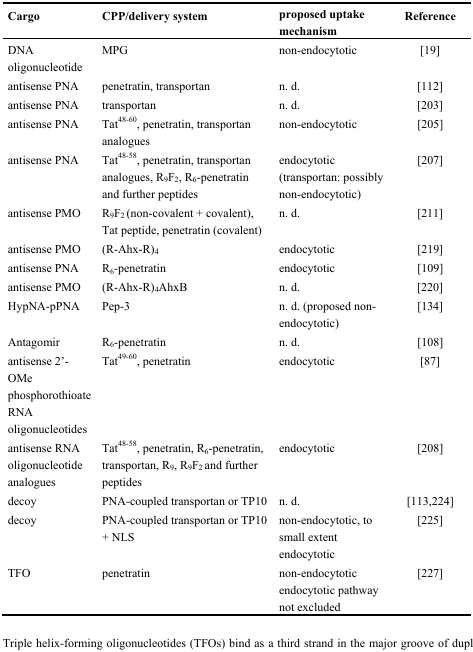
| Cargo | CPP/delivery system | proposed uptake mechanism | Reference |
 | --- | --- | --- | --- |
 | DNA oligonucleotide | MPG | non-endocytotic | [19] |
 | antisense PNA | penetratin, transportan | n. d. | [112] |
 | antisense PNA | transportan | n. d. | [203] |
 | antisense PNA | Tat48–60, penetratin, transportan analogues | non-endocytotic | [205] |
 | antisense PNA | Tat48–58, penetratin, transportan analogues, R9F2, R6-penetratin and further peptides | endocytotic (transportan: possibly non-endocytotic) | [207] |
 | antisense PMO | R9F2 (non-covalent + covalent), Tat peptide, penetratin (covalent) | n. d. | [211] |
 | antisense PMO | (R-Ahx-R)4 | endocytotic | [219] |
 | antisense PNA | R6-penetratin | endocytotic | [109] |
 | antisense PMO | (R-Ahx-R)4AhxB | n. d. | [220] |
 | HypNA-pPNA | Pep-3 | n. d. (proposed non-endocytotic) | [134] |
 | Antagomir | R6-penetratin | n. d. | [108] |
 | antisense 2'-OMe phosphorothioate RNA oligonucleotides | Tat49–60, penetratin | endocytotic | [87] |
 | antisense RNA oligonucleotide analogues | Tat48–58, penetratin, R6-penetratin, transportan, R9, R9F2 and further peptides | endocytotic | [208] |
 | decoy | PNA-coupled transportan or TP10 | n. d. | [113,224] |
 | decoy | PNA-coupled transportan or TP10 + NLS | non-endocytotic, to small extent endocytotic | [225] |
 | TFO | penetratin | non-endocytotic endocytotic pathway not excluded | [227] |